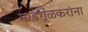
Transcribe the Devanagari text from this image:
माडगूळकरांना